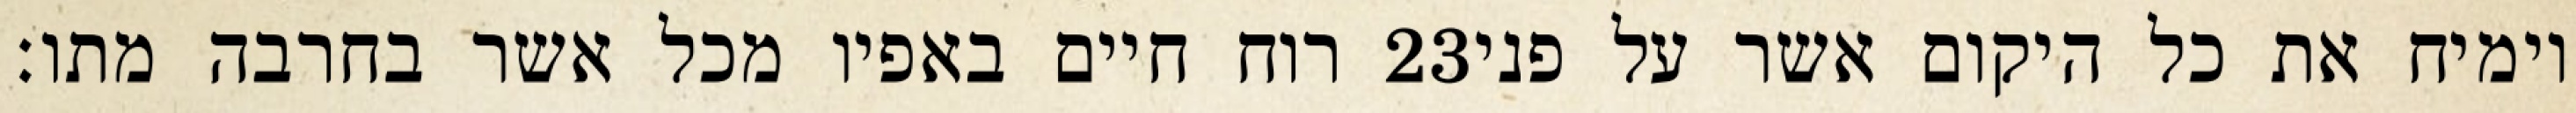
רוח חיים באפיו מכל אשר בחרבה מתו׃ ‎23‏ וימיח את כל היקום אשר על פני